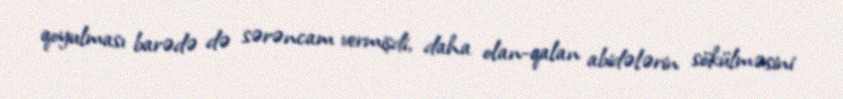
qoyulması barədə də sərəncam vermişdi, daha olan-qalan abidələrin sökülməsini